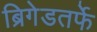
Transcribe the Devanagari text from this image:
ब्रिगेडतर्फे